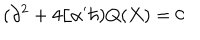
LaTeX: ( \partial ^ { 2 } + 4 / \alpha ^ { \prime } \hbar ) Q ( X ) = 0